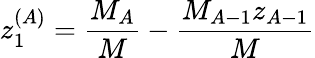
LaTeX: z_{1}^{(A)}=\frac{M_{A}}{M}-\frac{M_{A-1}z_{A-1}}{M}